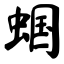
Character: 蝈